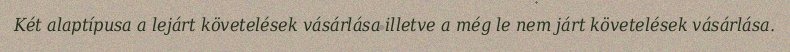
Két alaptípusa a lejárt követelések vásárlása illetve a még le nem járt követelések vásárlása.